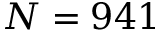
N = 9 4 1